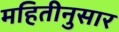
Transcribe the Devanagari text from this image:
महितीनुसार